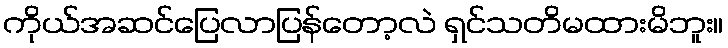
ကိုယ်အဆင်ပြေလာပြန်တော့လဲ ရှင်သတိမထားမိဘူး။